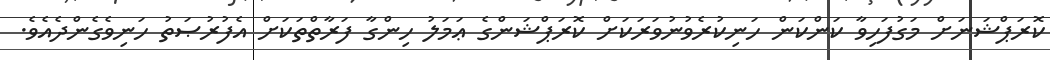
ކޮރަޕްޝަނަށް މަގުފަހިވާ ކަންކަން ހަނިކުރެވުނުވަރަކަށް ކޮރަޕްޝަންގެ ޢަމަލު ހިންގާ ފަރާތްތަކަށް އެފުރުޞަތު ހަނިވެގެންދެއެވެ.